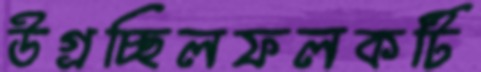
উগ্‌রচ্ছিলফলকটি